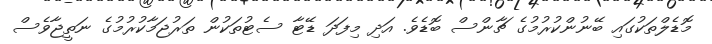
މޮޑެލްތަކުގައި ބޭނުންކުރުމުގެ ޗާންސް ބޮޑެވެ. އަދި މިފަދަ ޑޭޓާ ސެޓުތަކުން ތަރުޖަމާކުރުމުގެ ނަތީޖާވެސް